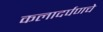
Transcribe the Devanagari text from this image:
कलादर्पणचे